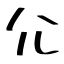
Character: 尣